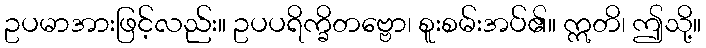
ဥပမာအားဖြင့်လည်း။ ဥပပရိက္ခိတဗ္ဗော၊ စူးစမ်းအပ်၏။ ဣတိ၊ ဤသို့။